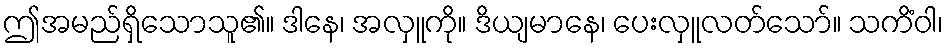
ဤအမည်ရှိသောသူ၏။ ဒါနေ၊ အလှူကို။ ဒိယျမာနေ၊ ပေးလှူလတ်သော်။ သကိံဝါ၊